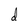
Character: d